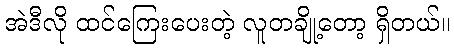
အဲဒီလို ထင်ကြေးပေးတဲ့ လူတချို့တော့ ရှိတယ်။